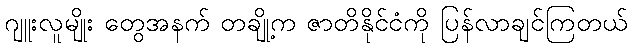
ဂျူးလူမျိုး တွေအနက် တချို့က ဇာတိနိုင်ငံကို ပြန်လာချင်ကြတယ်